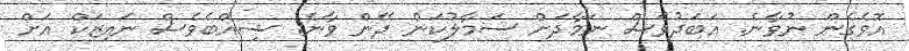
އޮވެގެން ނުވާނެ. އަބަދުވެސް ނަމާދަށް ސަމާލުކަން ދޭން ވާނެ. ޝިއްބެވެސް ނައިޒަކް އަށް